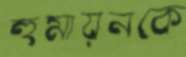
হুমায়নকে